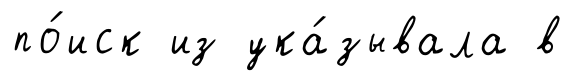
по́иск из ука́зывала в